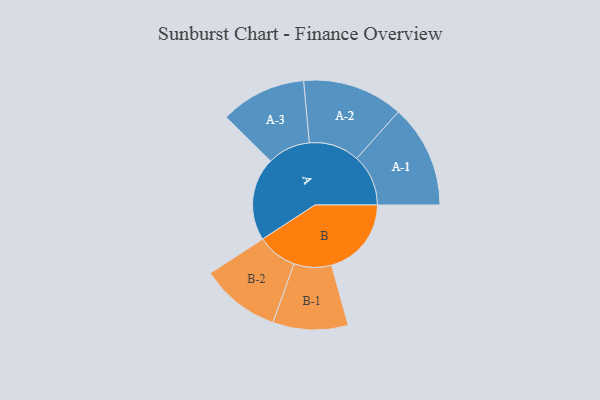
{"axis": {"x": "Segment", "y": "Value"}, "legend": ["", "A", "B"], "data": [{"x": "A", "y": 469, "type": ""}, {"x": "B", "y": 450, "type": ""}, {"x": "A-1", "y": 291, "type": "A"}, {"x": "A-2", "y": 284, "type": "A"}, {"x": "A-3", "y": 242, "type": "A"}, {"x": "B-1", "y": 212, "type": "B"}, {"x": "B-2", "y": 225, "type": "B"}]}